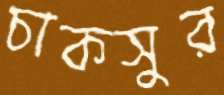
চাকসুর